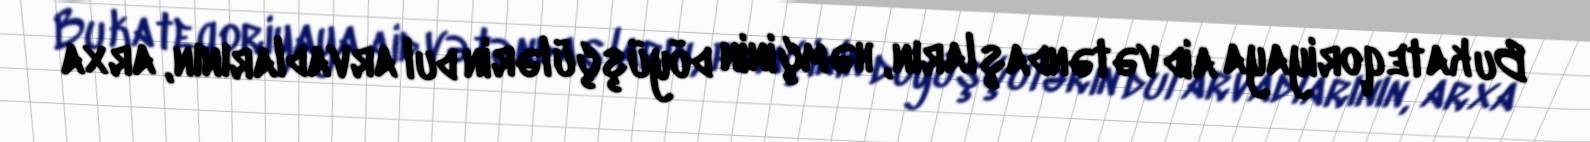
Bu kateqoriyaya aid vətəndaşların, həmçinin döyüşçülərin dul arvadlarının, arxa